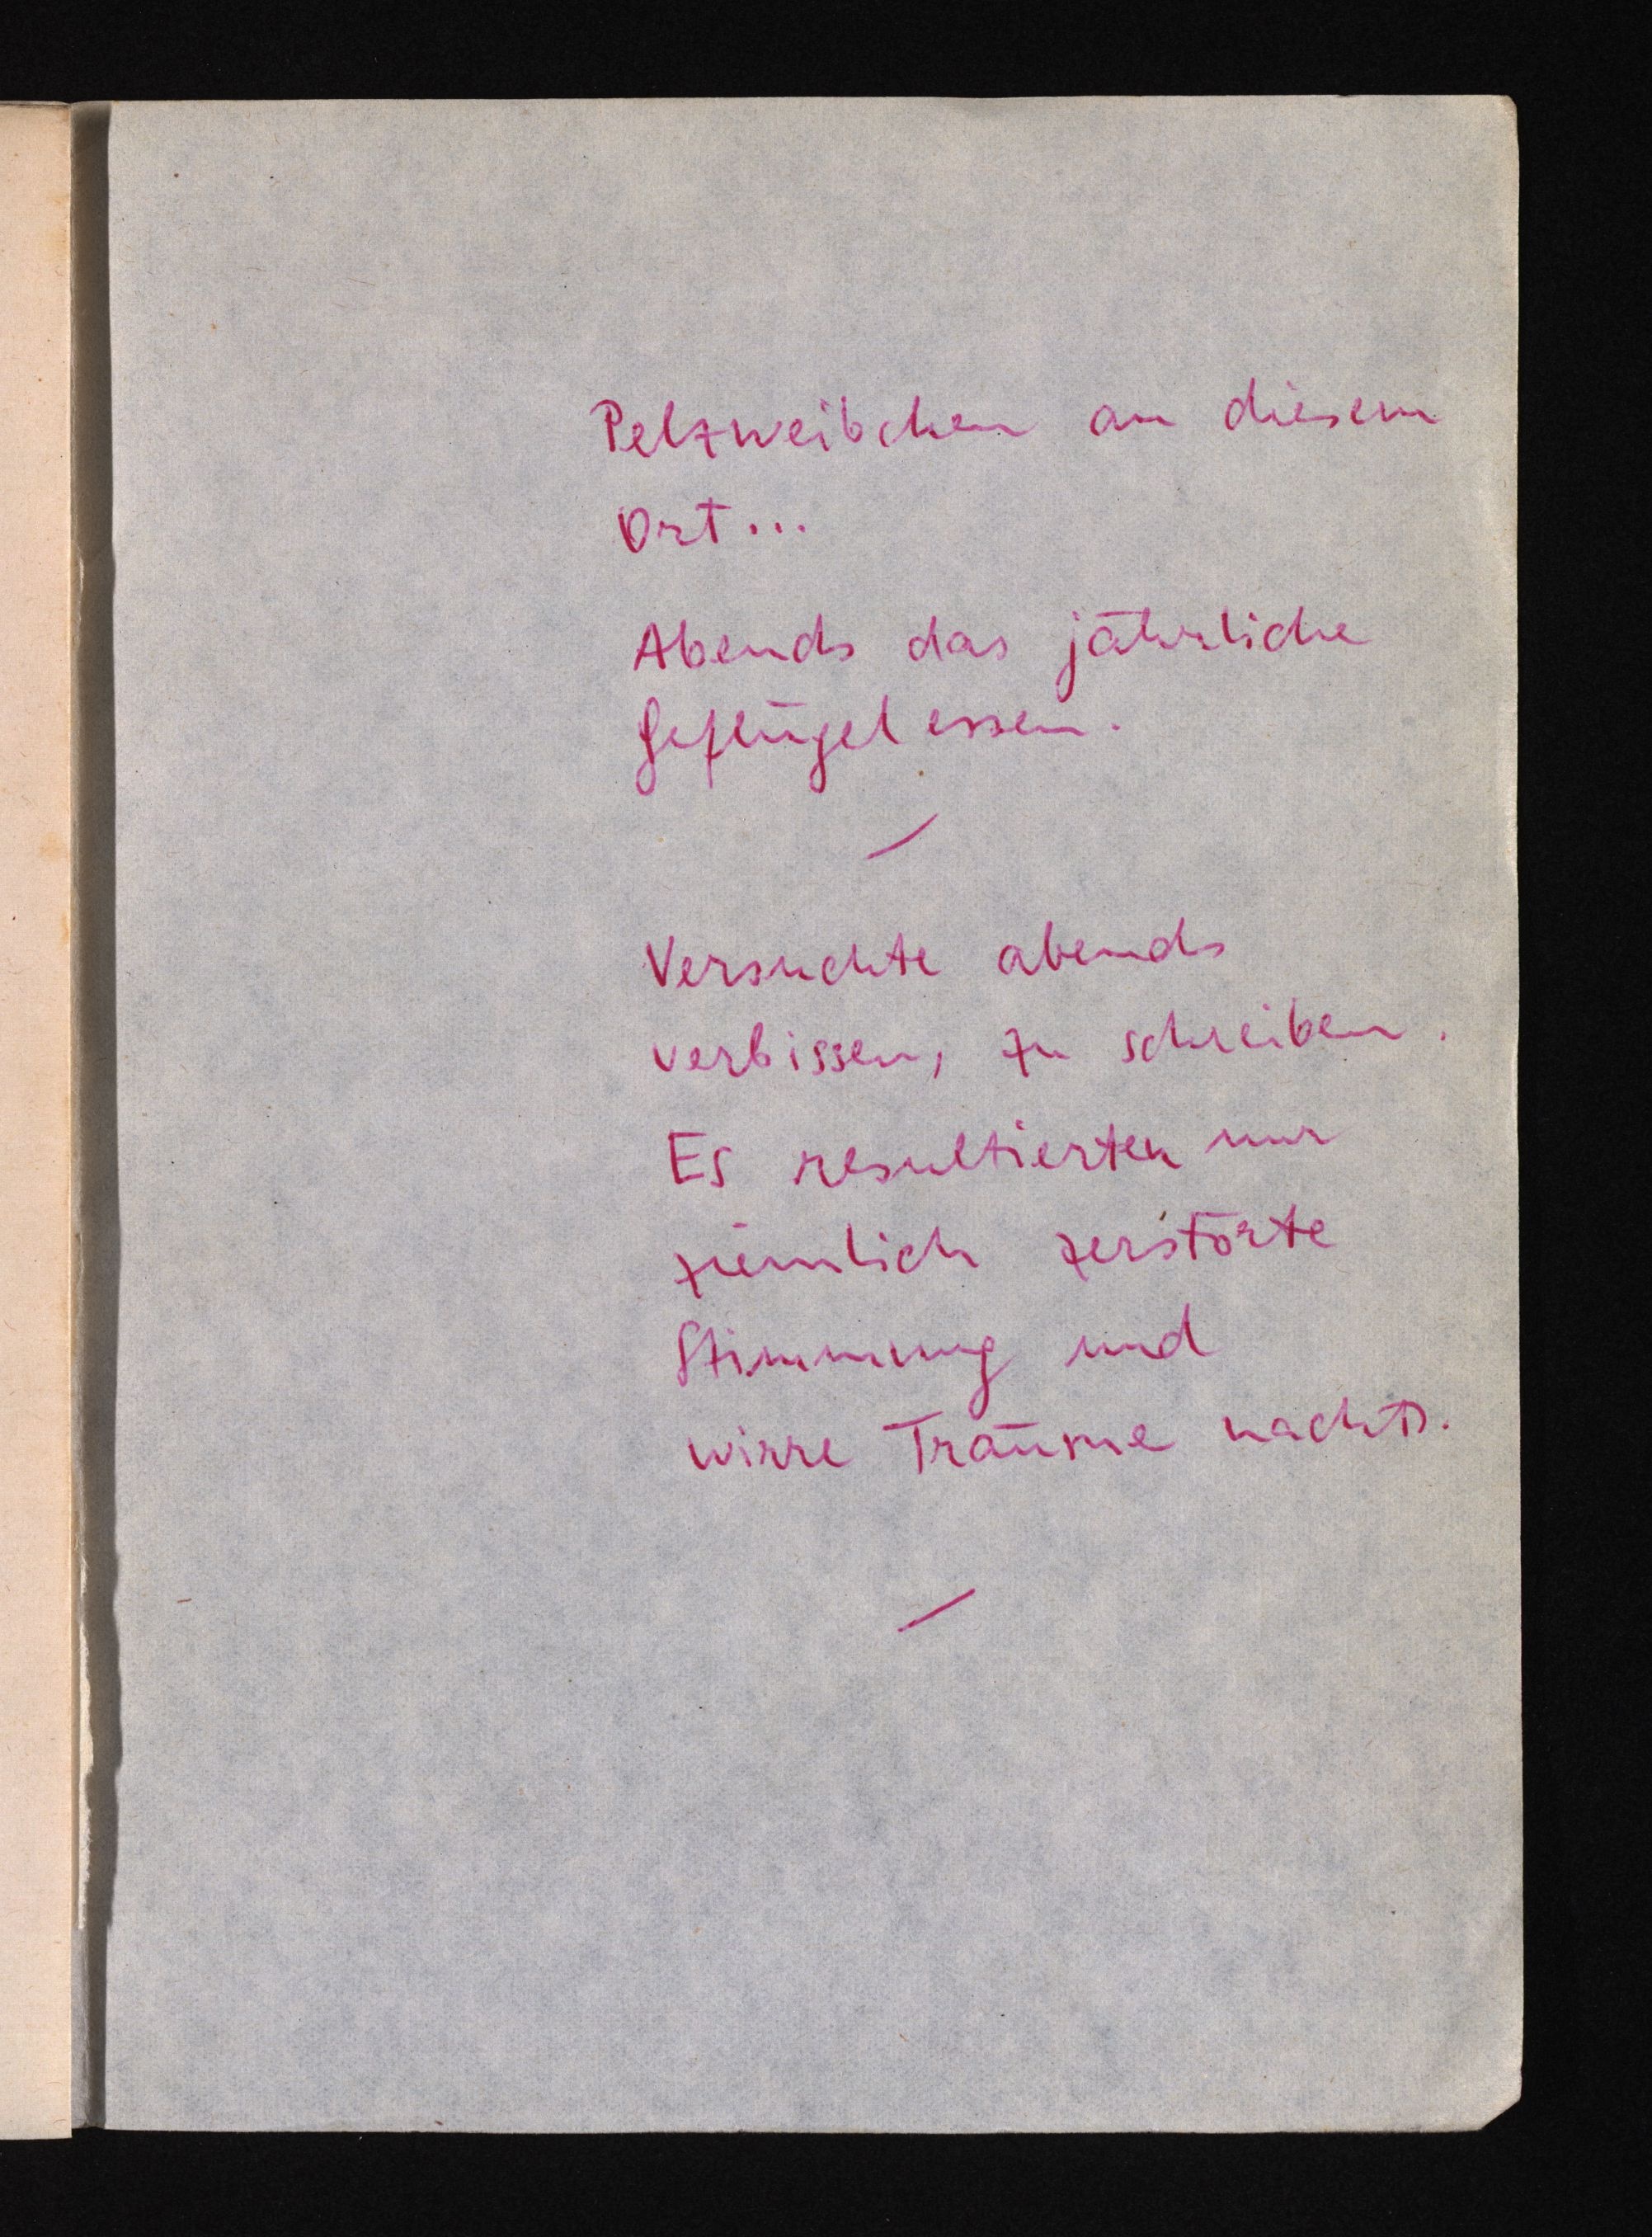
Pelzweibchen an diesem
Ort ...
Abends das jährliche
Geflügelessen.
Versuchte abends
verbissen, zu schreiben.
Es resultierten nur
ziemlich zerstörte
Stimmung und
wirre Träume nachts.